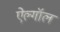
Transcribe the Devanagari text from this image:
ऐल्गॉल